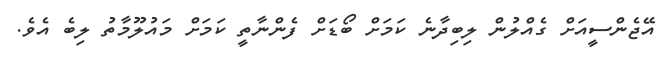
އޭޖެންސީއަށް ގެއްލުން ލިބިދާނެ ކަމަށް ބޯޑަށް ފެންނާތީ ކަމަށް މައުލޫމާތު ލިބެ އެވެ.